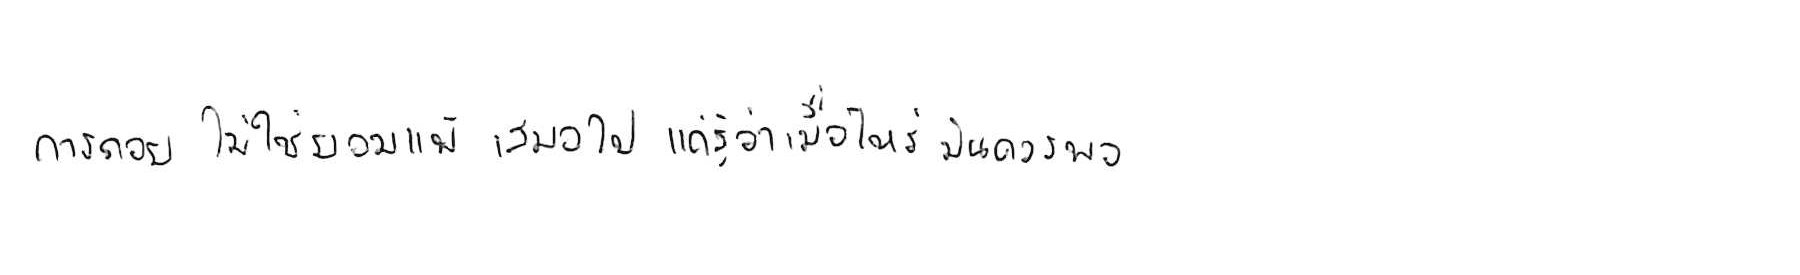
การถอย ไม่ใช่ยอมแพ้ เสมอไป แค่รู้ว่าเมื่อไหร่ มันควรพอ